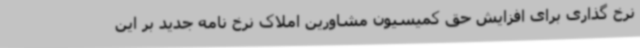
نرخ گذاری برای افزایش حق کمیسیون مشاورین املاک نرخ نامه جدید بر این